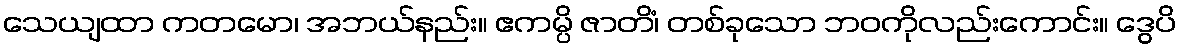
သေယျထာ ကတမော၊ အဘယ်နည်း။ ဧကမ္ပိ ဇာတိံ၊ တစ်ခုသော ဘဝကိုလည်းကောင်း။ ဒွေပိ